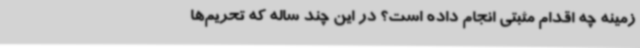
زمینه چه اقدام مثبتی انجام داده است؟ در این چند ساله که تحریم‌ها